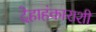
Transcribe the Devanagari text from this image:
देहाहंकाराशी